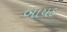
બાયડ